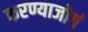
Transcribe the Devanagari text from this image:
करण्याजोगं